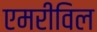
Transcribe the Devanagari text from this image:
एमरीविल